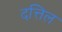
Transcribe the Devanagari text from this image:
दत्तिल